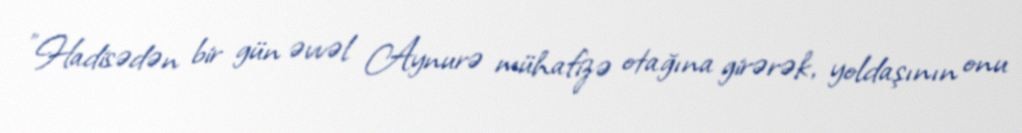
"Hadisədən bir gün əvvəl Aynurə mühafizə otağına girərək, yoldaşının onu